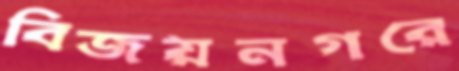
বিজয়নগরে